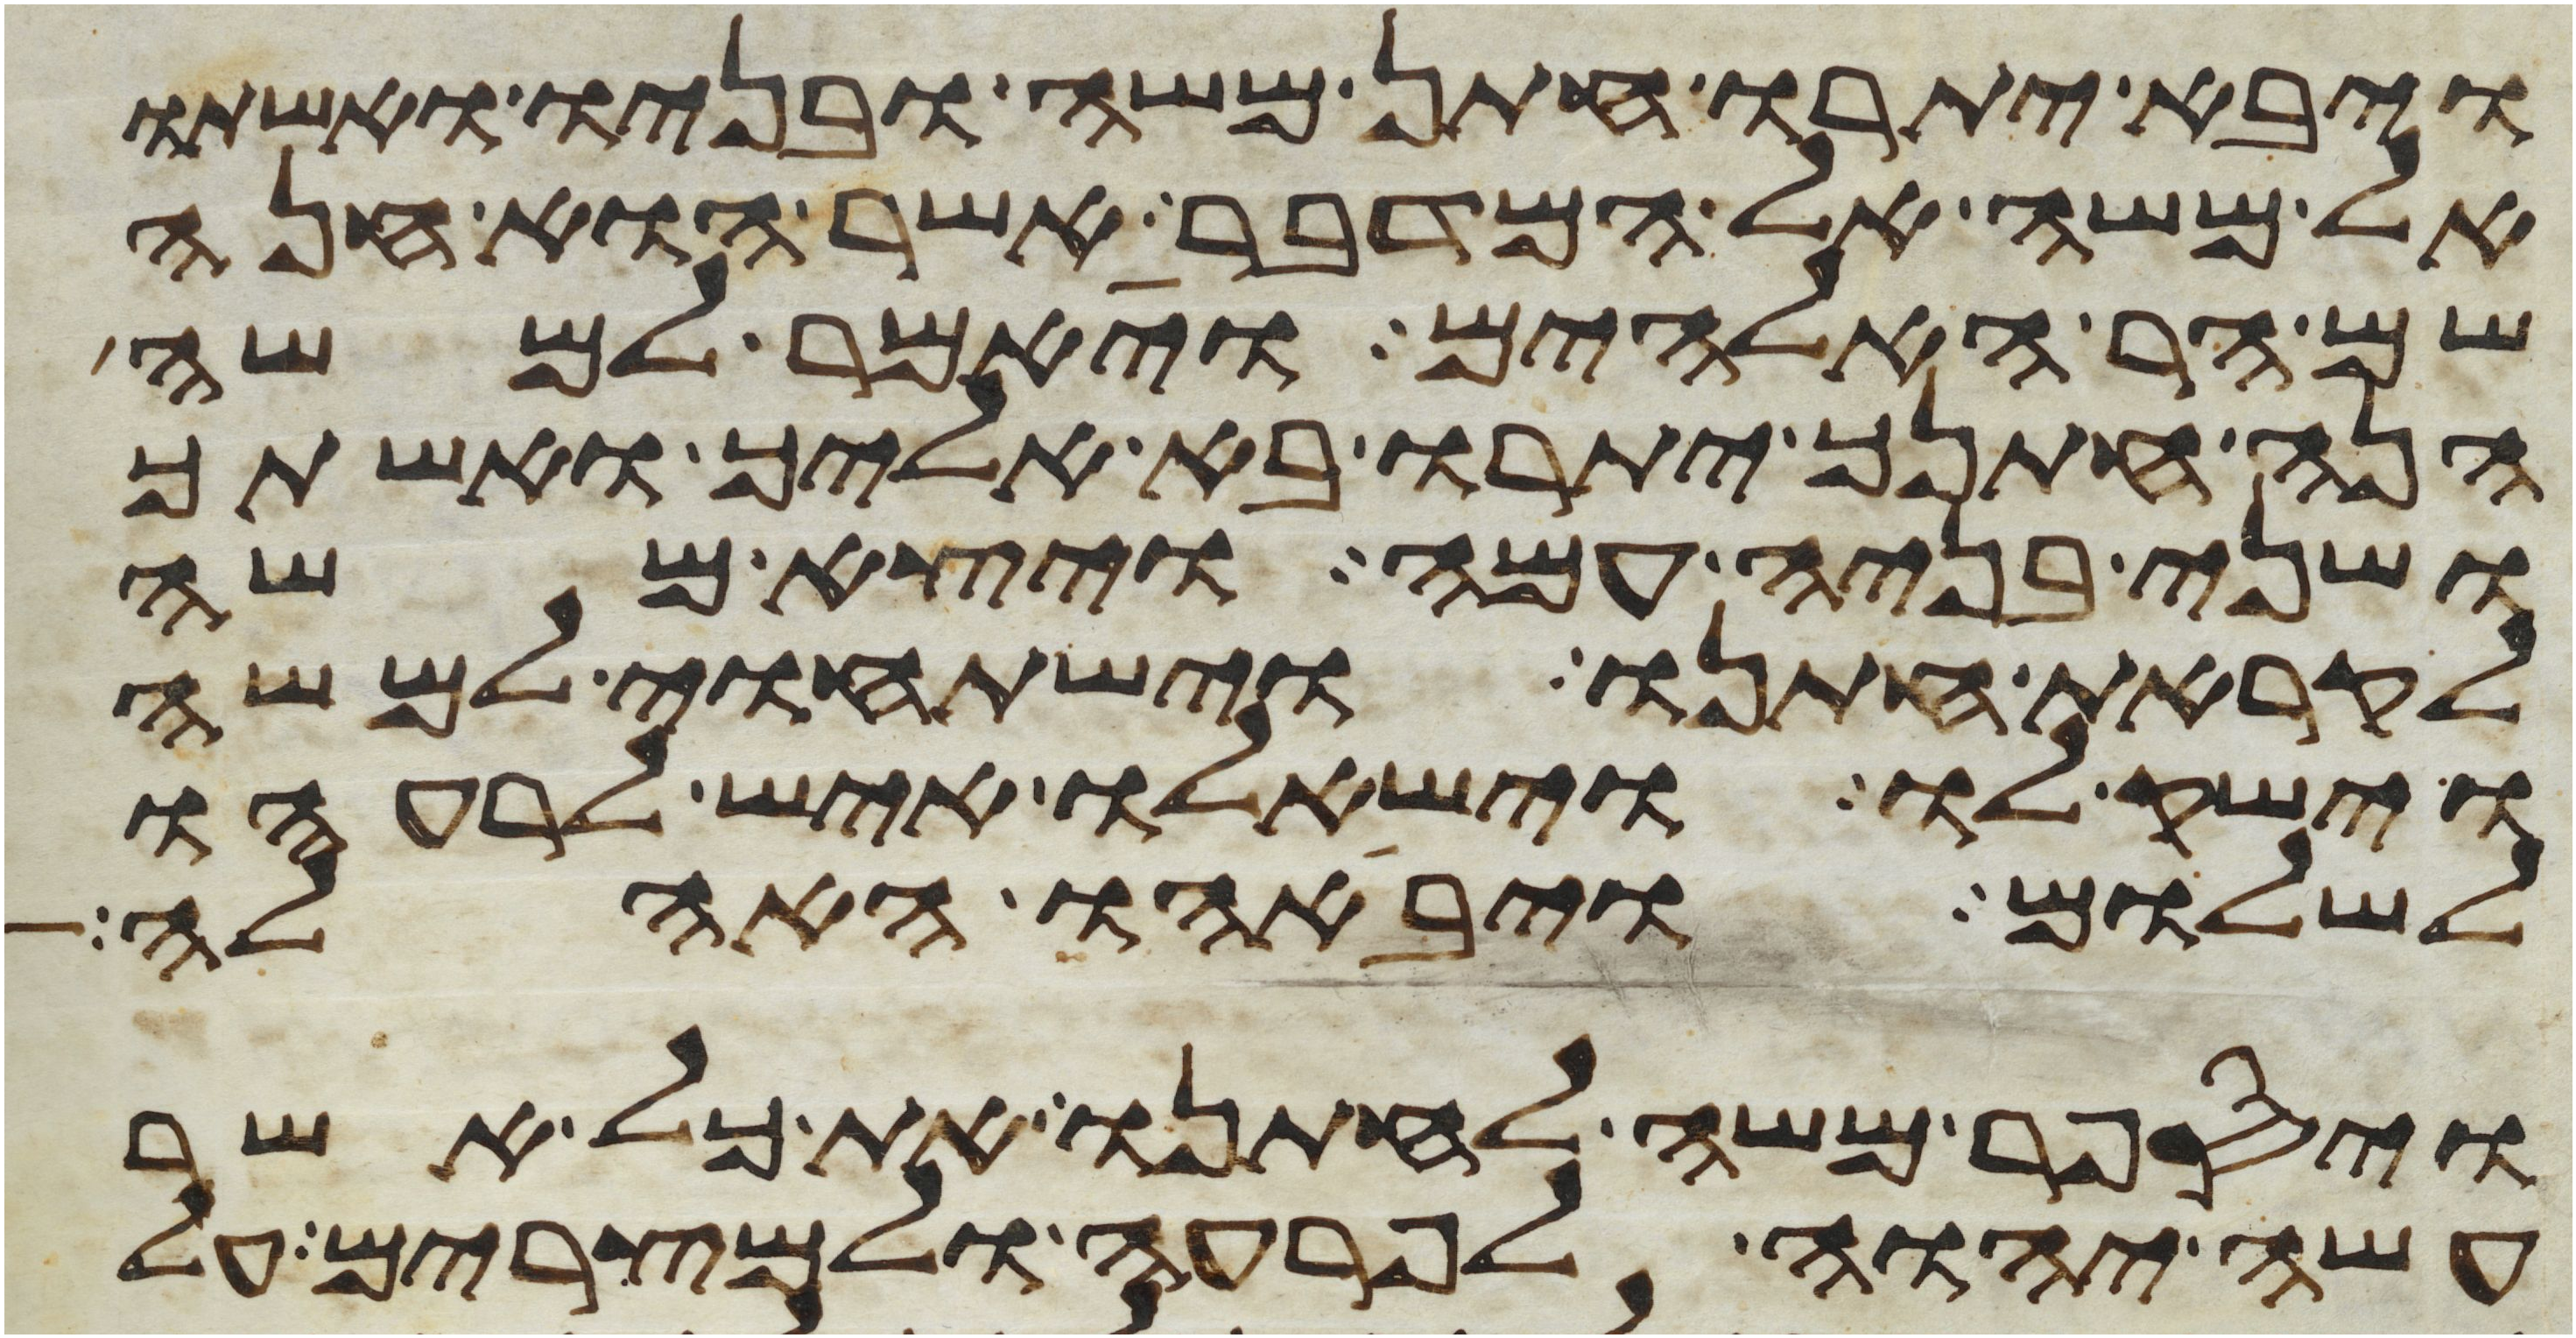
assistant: ויבא יתרו חתן משה ובניו ואשתו
אל משה אל המדבר אשר הוא חנה
שם הר האלהים ויאמר למשה
הנה חתנך יתרו בא אליך ואשתך
ושני בניה עמה ויצא משה
לקראת חתנו וישתחוי למשה
וישק לו וישאלו איש לרעהו
לשלום ויבאהו האהלה
ויספר משה לחתנו את כל אשר
עשה יהוה לפרעה ולמצרים על